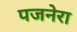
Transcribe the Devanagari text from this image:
पजनेरा